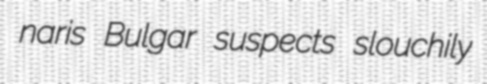
naris Bulgar suspects slouchily